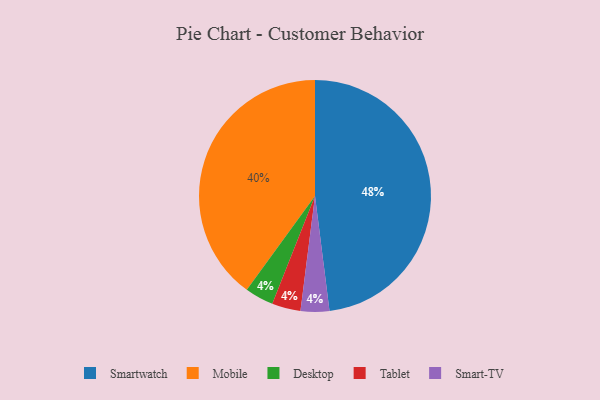
{"axis": {"x": "Category", "y": "Percentage"}, "legend": ["Desktop", "Mobile", "Smart-TV", "Smartwatch", "Tablet"], "data": [{"x": "Smartwatch", "y": 48, "type": "Smartwatch"}, {"x": "Mobile", "y": 40, "type": "Mobile"}, {"x": "Desktop", "y": 4, "type": "Desktop"}, {"x": "Tablet", "y": 4, "type": "Tablet"}, {"x": "Smart-TV", "y": 4, "type": "Smart-TV"}]}